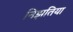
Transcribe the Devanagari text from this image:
निझतिया